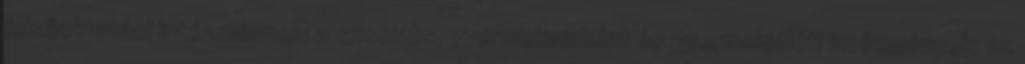
felsőoktatási intézmények; a szociális, gyermekvédelmi és gyermekjóléti intézmények; az